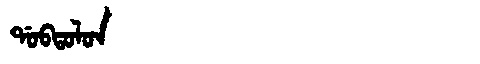
Manchu: ᡩᠣᠪᡨᠣᠯᠣᠨ
Romanization: DOBTOLON